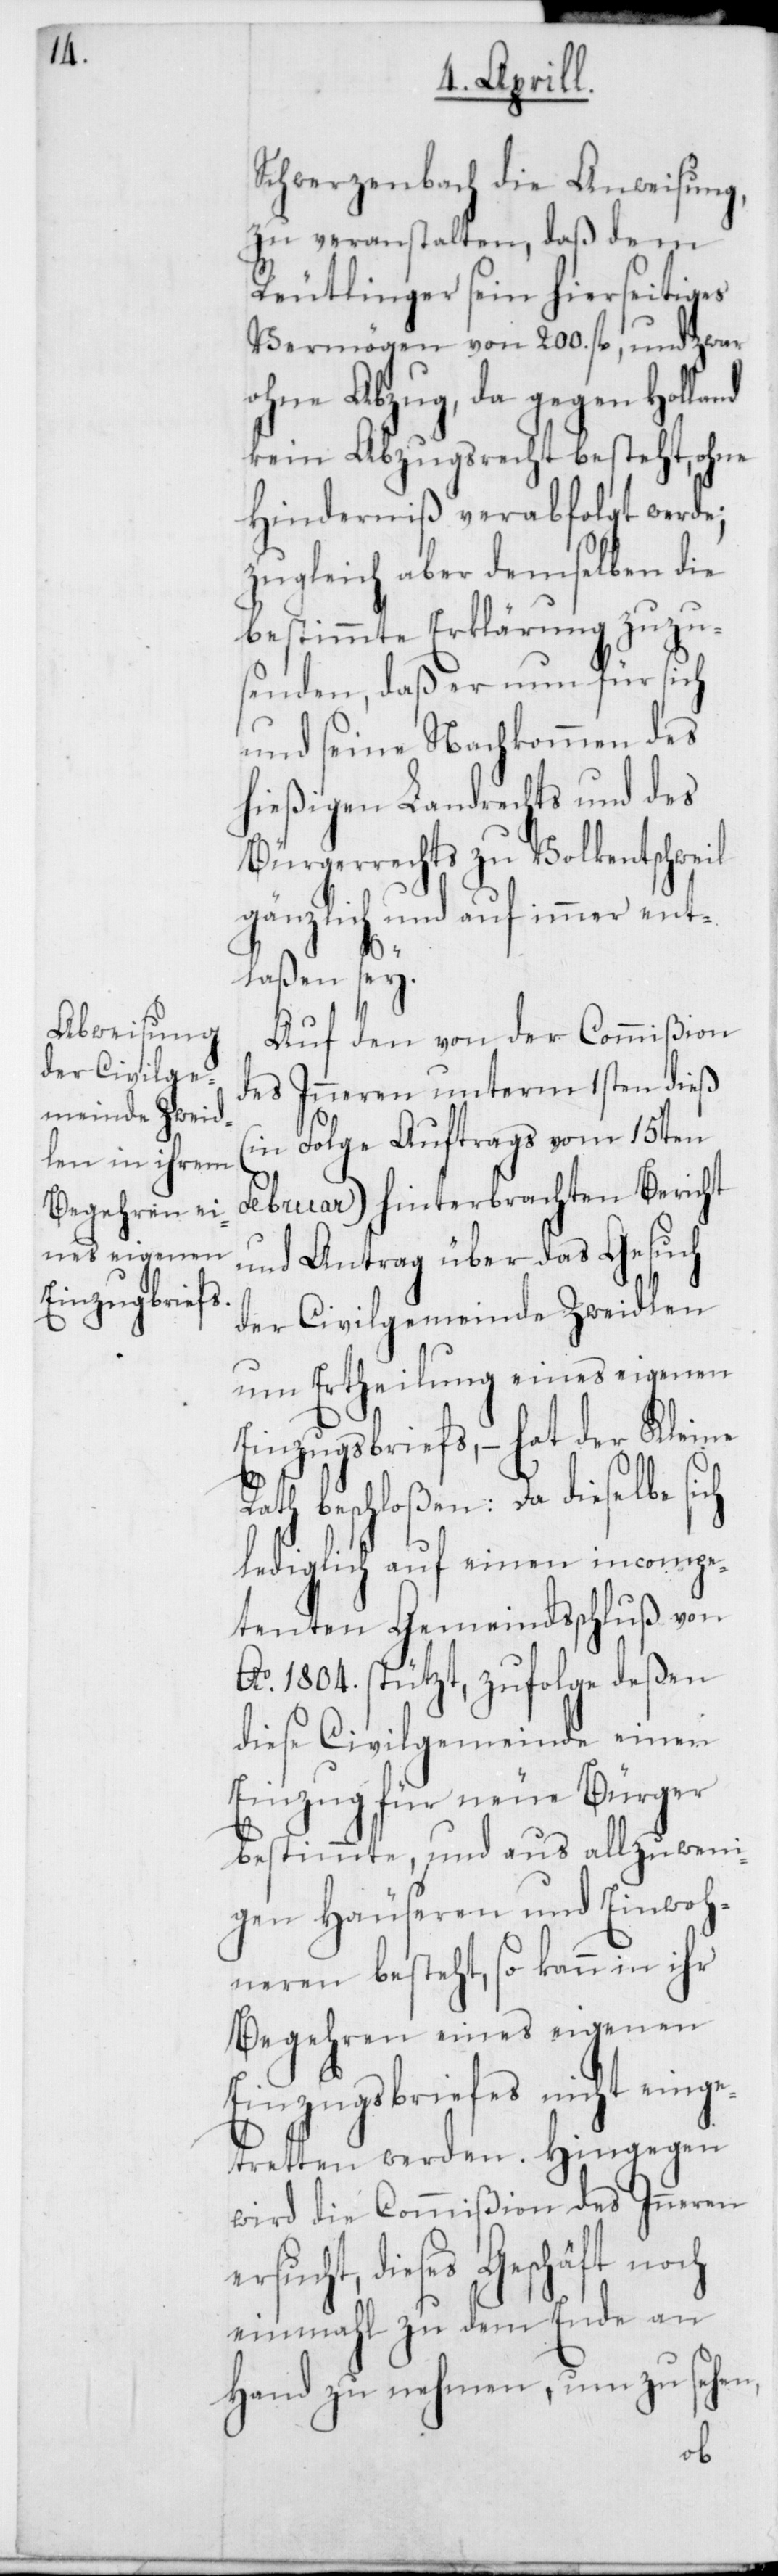
Schwerzenbach die Anweisung,
zu veranstalten, daß dem
Reutlinger sein hierseitiges
Vermögen von 200. fl., und zwar
ohne Abzug, da gegen Holla¬
kein Abzugsrecht besteht, ohne
Hinderniß verabfolgt werde;
zugleich aber demselben die
bestimmte Erklärung zuzu¬
senden, daß er nun für sich
und seine Nachkommen des
hießigen Landrechts und des
Bürgerrechts zu Volkentschweil
gänzlich und auf immer ent¬
laßen sey.
Auf den von der Commißion
des Inneren unterm 1sten dieß
(in Folge Auftrags vom 15ten
Februar) hinterbrachten Bericht
und Antrag über das Gesuch
der Civilgemeinde Zweidlen
um Ertheilung eines eigenen
Einzugsbriefs, – hat der Kleine
beschloßen: Da dieselbe
lediglich auf einen incompe¬
tenten Gemeindsschluß von
Ao 1804. stützt, zufolge deßen
diese Civilgemeinde einen
Einzug für neue Bürger
bestimmte, und aus allzuweni¬
gen Häuseren und Einwoh¬
neren besteht, so kann in ihr
Begehren eines eigenen
Einzugsbriefes nicht einge¬
tretten werden. Hingegen
wird die Commißion des Inneren
rsucht, dieses Geschäft noch
einmal zu dem Ende an
Hand zu nehmen, um zu sehen,
e¬